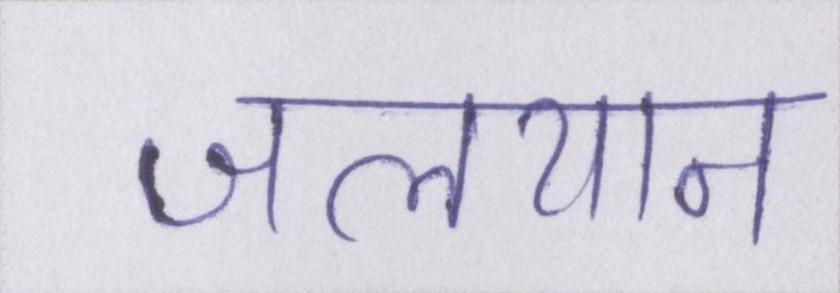
जलयान